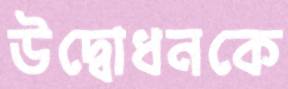
উদ্বোধনকে